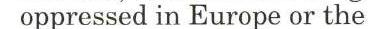
oppressed in Europe or the